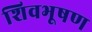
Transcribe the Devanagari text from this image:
शिवभूषण